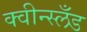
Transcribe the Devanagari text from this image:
क्वीन्स्लँड